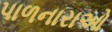
પાળનારાઓ